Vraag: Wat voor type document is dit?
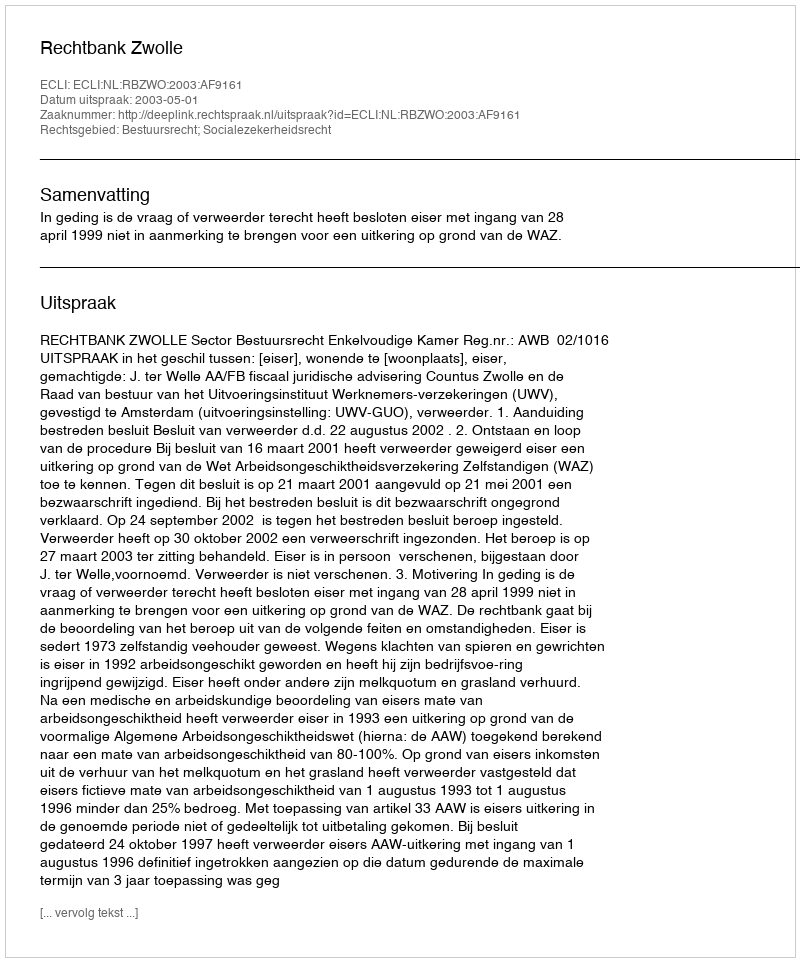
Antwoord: Uitspraak